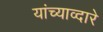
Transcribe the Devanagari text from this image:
यांच्याव्दारे